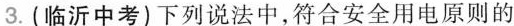
3.(临沂中考)下列说法中，符合安全用电原则的